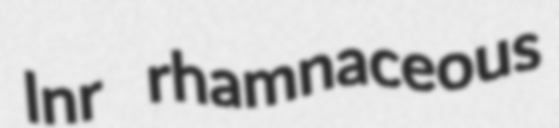
lnr rhamnaceous